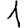
Digit: 1